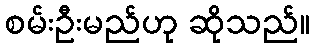
စမ်းဦးမည်ဟု ဆိုသည်။